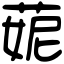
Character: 𦲁